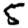
Digit: 5